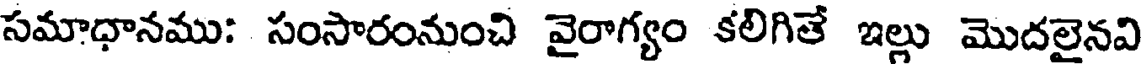
సమాధానము: సంసారంనుంచి వైరాగ్యం కలిగితే ఇల్లు మొదలైనవి